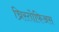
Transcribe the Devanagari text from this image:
च्रिस्तोफिअस